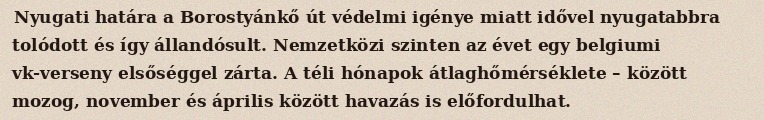
Nyugati határa a Borostyánkő út védelmi igénye miatt idővel nyugatabbra tolódott és így állandósult. Nemzetközi szinten az évet egy belgiumi vk-verseny elsőséggel zárta. A téli hónapok átlaghőmérséklete – között mozog, november és április között havazás is előfordulhat.